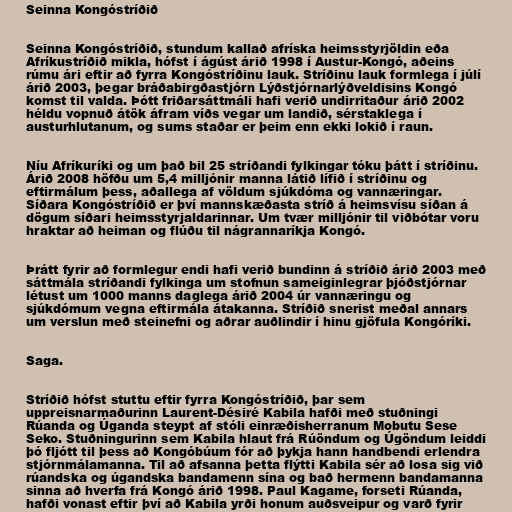
Seinna Kongóstríðið

Seinna Kongóstríðið, stundum kallað afríska heimsstyrjöldin eða
Afríkustríðið mikla, hófst í ágúst árið 1998 í Austur-Kongó, aðeins
rúmu ári eftir að fyrra Kongóstríðinu lauk. Stríðinu lauk formlega í júlí
árið 2003, þegar bráðabirgðastjórn Lýðstjórnarlýðveldisins Kongó
komst til valda. Þótt friðarsáttmáli hafi verið undirritaður árið 2002
héldu vopnuð átök áfram víðs vegar um landið, sérstaklega í
austurhlutanum, og sums staðar er þeim enn ekki lokið í raun.

Níu Afríkuríki og um það bil 25 stríðandi fylkingar tóku þátt í stríðinu.
Árið 2008 höfðu um 5,4 milljónir manna látið lífið í stríðinu og
eftirmálum þess, aðallega af völdum sjúkdóma og vannæringar.
Síðara Kongóstríðið er því mannskæðasta stríð á heimsvísu síðan á
dögum síðari heimsstyrjaldarinnar. Um tvær milljónir til viðbótar voru
hraktar að heiman og flúðu til nágrannaríkja Kongó.

Þrátt fyrir að formlegur endi hafi verið bundinn á stríðið árið 2003 með
sáttmála stríðandi fylkinga um stofnun sameiginlegrar þjóðstjórnar
létust um 1000 manns daglega árið 2004 úr vannæringu og
sjúkdómum vegna eftirmála átakanna. Stríðið snerist meðal annars
um verslun með steinefni og aðrar auðlindir í hinu gjöfula Kongóríki.

Saga.

Stríðið hófst stuttu eftir fyrra Kongóstríðið, þar sem
uppreisnarmaðurinn Laurent-Désiré Kabila hafði með stuðningi
Rúanda og Úganda steypt af stóli einræðisherranum Mobutu Sese
Seko. Stuðningurinn sem Kabila hlaut frá Rúöndum og Úgöndum leiddi
þó fljótt til þess að Kongóbúum fór að þykja hann handbendi erlendra
stjórnmálamanna. Til að afsanna þetta flýtti Kabila sér að losa sig við
rúandska og úgandska bandamenn sína og bað hermenn bandamanna
sinna að hverfa frá Kongó árið 1998. Paul Kagame, forseti Rúanda,
hafði vonast eftir því að Kabila yrði honum auðsveipur og varð fyrir